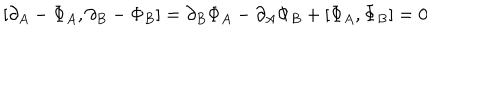
LaTeX: [ \partial _ { A } - \Phi _ { A } , \partial _ { B } - \Phi _ { B } ] = \partial _ { B } \Phi _ { A } - \partial _ { A } \Phi _ { B } + [ \Phi _ { A } , \Phi _ { B } ] = 0